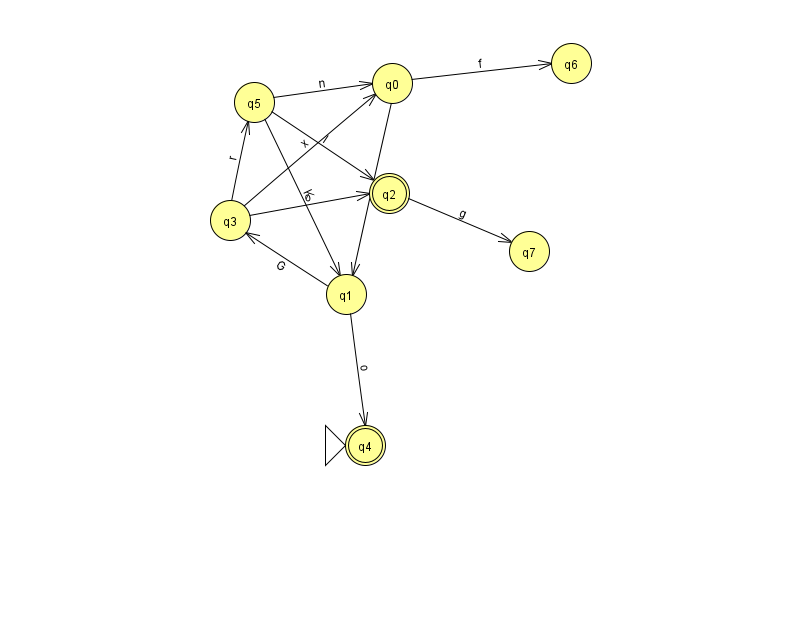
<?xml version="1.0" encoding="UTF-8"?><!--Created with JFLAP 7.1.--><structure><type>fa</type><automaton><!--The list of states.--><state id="0" name="q0"><x>392.0</x><y>70.0</y></state><state id="1" name="q1"><x>346.0</x><y>281.0</y></state><state id="2" name="q2"><x>389.0</x><y>180.0</y><final/></state><state id="3" name="q3"><x>230.0</x><y>207.0</y></state><state id="4" name="q4"><x>365.0</x><y>432.0</y><initial/><final/></state><state id="5" name="q5"><x>254.0</x><y>89.0</y></state><state id="6" name="q6"><x>571.0</x><y>50.0</y></state><state id="7" name="q7"><x>529.0</x><y>238.0</y></state><!--The list of transitions.--><transition><from>0</from><to>6</to><read>f</read></transition><transition><from>1</from><to>3</to><read>G</read></transition><transition><from>2</from><to>7</to><read>g</read></transition><transition><from>1</from><to>4</to><read>o</read></transition><transition><from>5</from><to>1</to><read>K</read></transition><transition><from>3</from><to>2</to><read>o</read></transition><transition><from>5</from><to>0</to><read>n</read></transition><transition><from>5</from><to>2</to><read>I</read></transition><transition><from>3</from><to>5</to><read>r</read></transition><transition><from>3</from><to>0</to><read>x</read></transition><transition><from>0</from><to>1</to><read>Z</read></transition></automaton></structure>